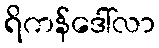
ရိကန်ဒေါ်လာ